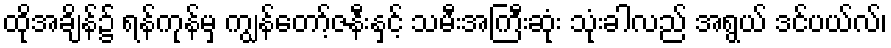
ထိုအချိန်၌ ရန်ကုန်မှ ကျွန်တော့်ဇနီးနှင့် သမီးအကြီးဆုံး သုံးခါလည် အရွယ် ဒင်ပယ်လ်၊